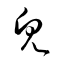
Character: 皃